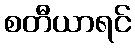
စတီယာရင်